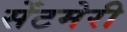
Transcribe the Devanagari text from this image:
सेंटमेरी